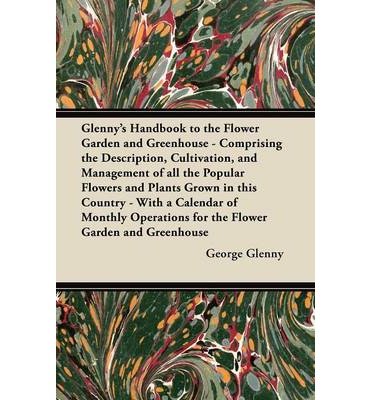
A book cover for Glenny's Handbook to the Flower Garden and Greenhouse - Comprising the Description, Cultivation, and Management of All the Popular Flowers and Plants Grown in This Country - With a Calendar of Monthly Operations for the Flower Garden and Greenhouse (Paperback) - Common; By (author) George Glenny; Calendars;